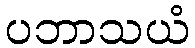
ပဘာသယံ